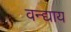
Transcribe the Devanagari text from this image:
वन्द्याय